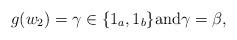
LaTeX: \begin{align*}g(w_2)=\gamma \in \{1_a,1_b\} \mbox{and} \gamma = \beta,\end{align*}